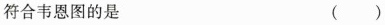
符合韦恩图的是 ( )